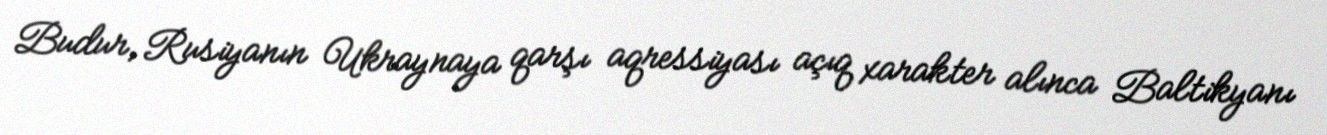
Budur, Rusiyanın Ukraynaya qarşı aqressiyası açıq xarakter alınca Baltikyanı